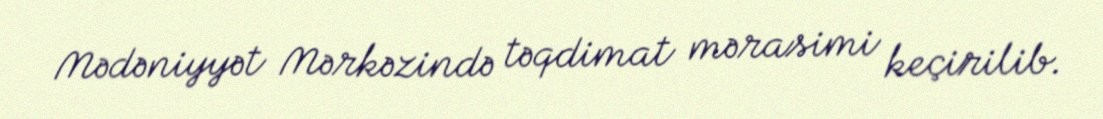
Mədəniyyət Mərkəzində təqdimat mərasimi keçirilib.